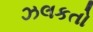
ઝલકતો